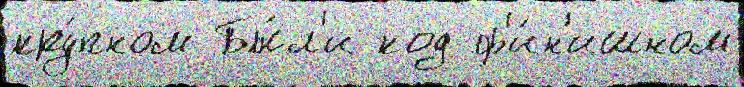
кру́пном Бы́л'и код ф'и́н'ишном